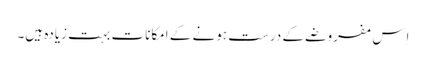
اِس مفروضے کے درست ہونے کے امکانات بہت زیادہ ہیں۔